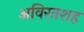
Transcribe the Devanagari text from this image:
अविरतशह